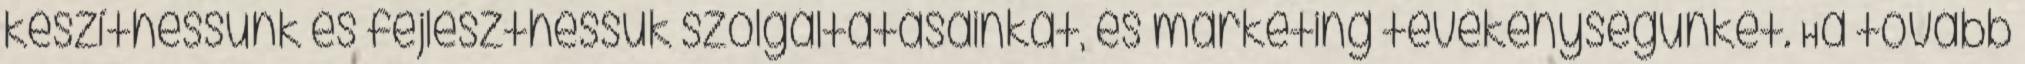
készíthessünk és fejleszthessük szolgáltatásainkat, és marketing tevékenységünket. Ha tovább